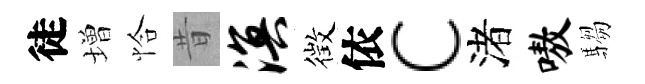
徒増恰昔溟徴依c渚嗷騶